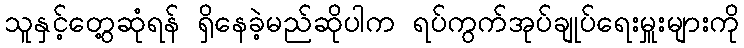
သူနှင့်တွေ့ဆုံရန် ရှိနေခဲ့မည်ဆိုပါက ရပ်ကွက်အုပ်ချုပ်ရေးမှူးများကို